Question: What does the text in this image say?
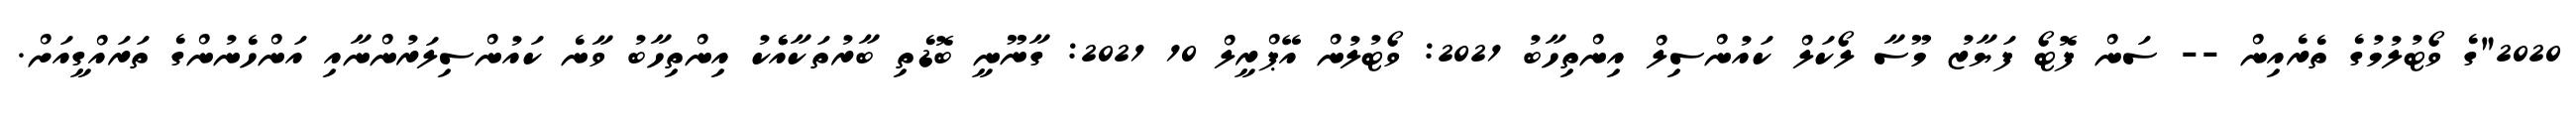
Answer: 2020"ގެ ވޯޓުލުމުގެ ތެރެއިން -- ސަން ފޮޓޯ ފަޔާޒު މޫސާ ލޯކަލް ކައުންސިލް އިންތިހާބު 2021: ވޯޓުލުން އޭޕްރީލް 10 2021: ގާނޫނީ ބޮޑެތި ބާރުތަކާއެެކު އިންތިހާބު ވާނެ ކައުންސިލަރުންނާއި އަންހެނުންގެ ތަރައްގީއަށް.